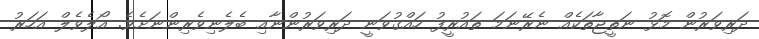
ދަރިވަރުން މޮޅު ނަތީޖާތަކެއް ނެރޭނަމަ ތައުރީފު ހައްގުވަނީ ދަރިވަރުންނާއި ބެލެނިވެރިންނަށެވެ. އޯލެވެލް އަހަރު